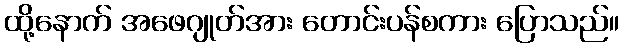
ထို့နောက် အဖေဂျုတ်အား တောင်းပန်စကား ပြောသည်။